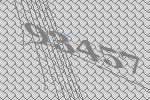
93457